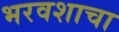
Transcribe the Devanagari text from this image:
भरवशाचा